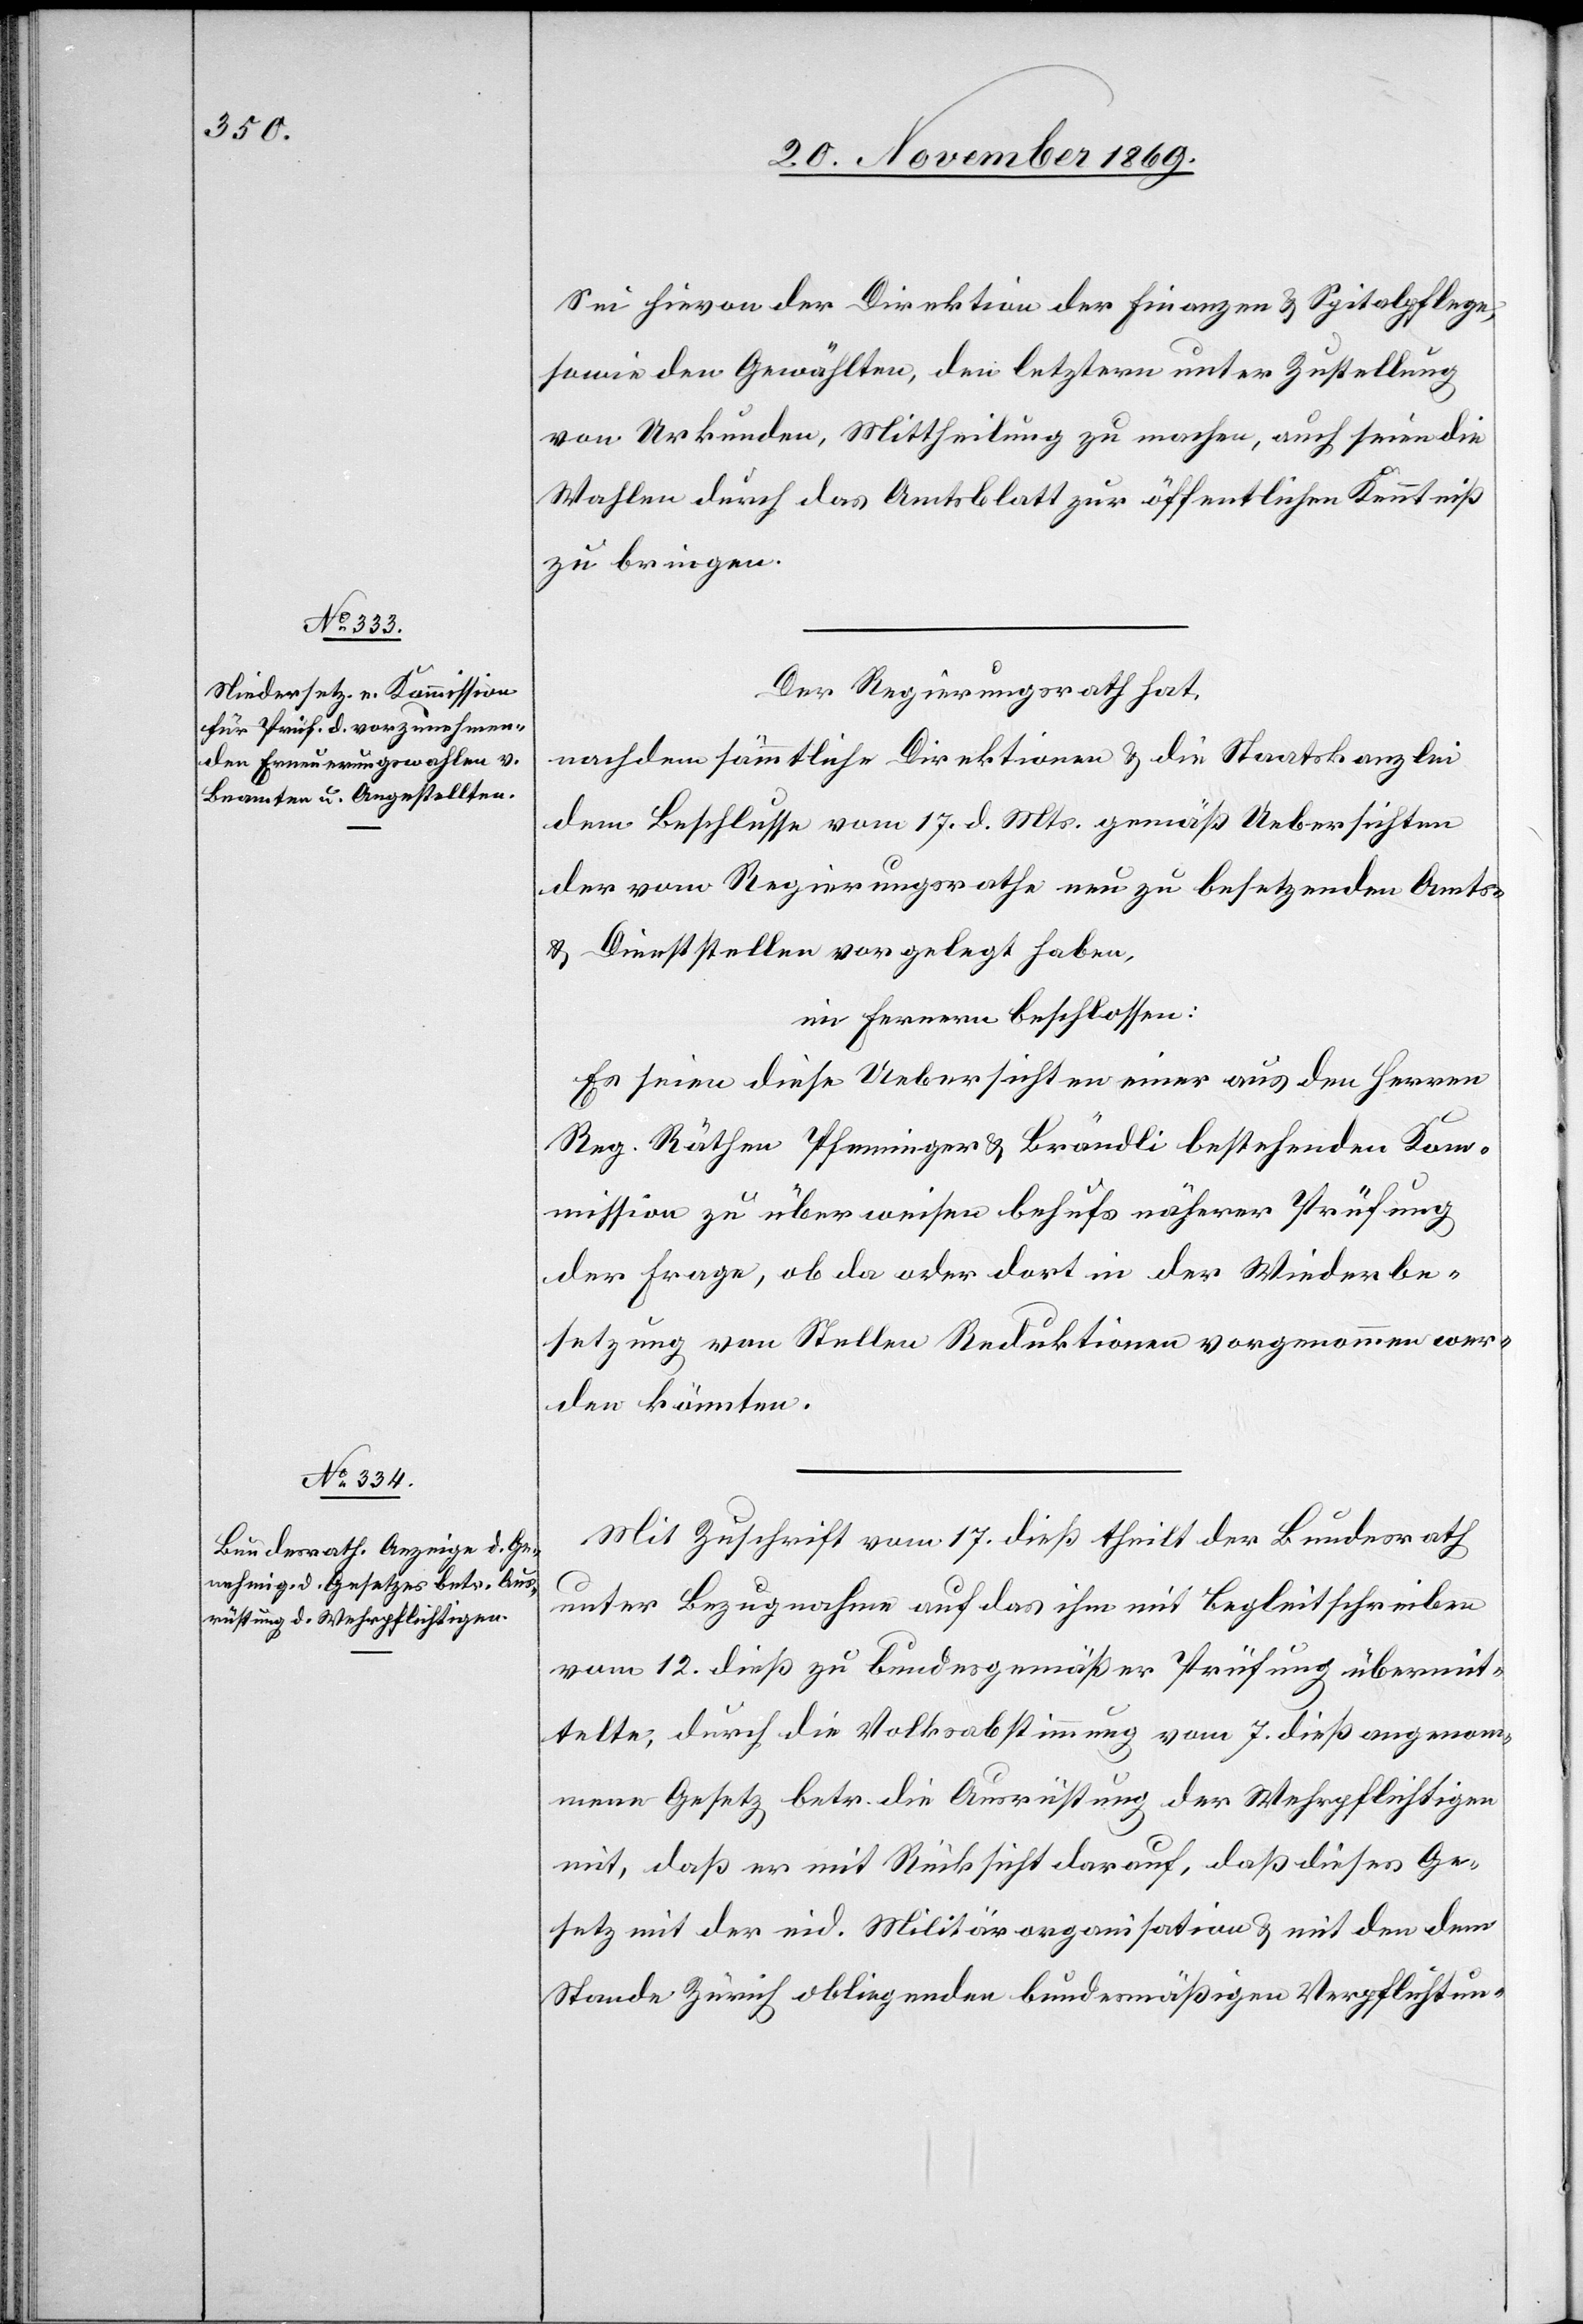
Sei hievon der Direktion der Finanzen & Spitalpflege,
sowie den Gewählten, den letztern unter Zustellung
von Urkunden, Mittheilung zu machen, auch seien die
Wahlen durch das Amtsblatt zur öffentlichen Kenntniß
zu bringen.
Der Regierungsrath hat,
nachdem sämmtliche Direktionen & die Staatskanzlei
dem Beschlusse vom 17. d. Mts. gemäß Uebersichten
der vom Regierungsrathe neu zu besetzenden Amts-
& Dienststellen vorgelegt haben,
im Fernern beschlossen:
Es seien diese Uebersichten einer aus den Herren
Reg. Räthen Pfenninger & Brändli bestehenden Kom¬
mission zu überweisen behufs näherer Prüfung
der Frage, ob da oder dort in der Wiederbe¬
setzung von Stellen Reduktionen vorgenommen wer¬
den könnten.
Mit Zuschrift vom 17. dieß theilt der Bundesrath
unter Bezugnahme auf das ihm mit Begleitschreiben
vom 12. dieß zu bundesgemäßer Prüfung übermit¬
telte, durch die Volksabstimmung vom 7. dieß angenom¬
mene Gesetz betr. die Ausrüstung der Wehrpflichtigen
mit, daß er mit Rücksicht darauf, daß dieses Ge¬
setz mit der eid. Militärorganisation & mit den dem
Stande Zürich obliegenden bundesmäßigen Verpflichtun-